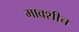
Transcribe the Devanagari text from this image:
मावशीच